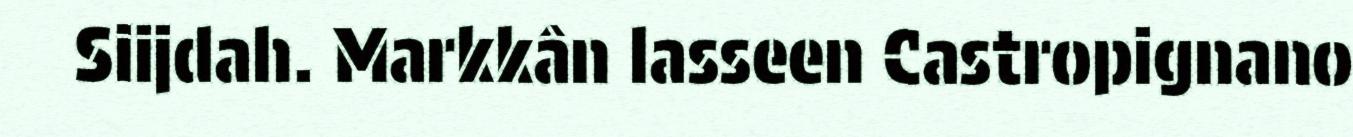
Siijdah. Markkân lasseen Castropignano